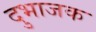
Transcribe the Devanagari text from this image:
दुभाजक